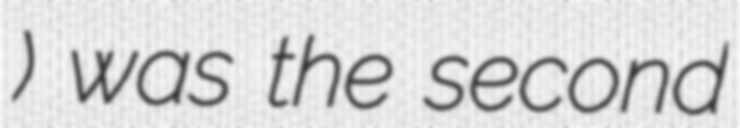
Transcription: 전국실업축구연맹전) was the second